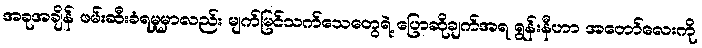
အခုအချိန် ဖမ်းဆီးခံရမှုမှာလည်း မျက်မြင်သက်သေတွေရဲ့ ပြောဆိုချက်အရ ရွန်းနီဟာ အတော်လေးကို